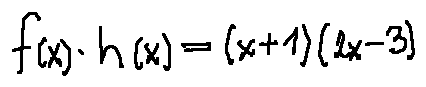
f ( x ) \cdot n ( x ) = ( x + 1 ) ( 2 x - 3 )